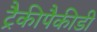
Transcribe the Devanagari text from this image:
ट्रैकीपैकीडी